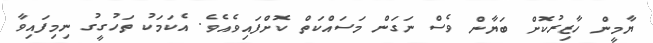
ޔާމީން ހާޒިރުކޮށް ބަޔާން ވެސް ނަގަން މަސައްކަތް ކޮށްފައިވެއެވެ. އެކަމަކު ތަހުގީގު ނިމިފައިވާ